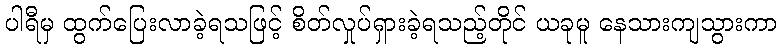
ပါရီမှ ထွက်ပြေးလာခဲ့ရသဖြင့် စိတ်လှုပ်ရှားခဲ့ရသည့်တိုင် ယခုမူ နေသားကျသွားကာ